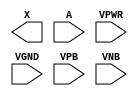
module sky130_fd_sc_hd__clkbuf (
    X   ,
    A   ,
    VPWR,
    VGND,
    VPB ,
    VNB
);

    output X   ;
    input  A   ;
    input  VPWR;
    input  VGND;
    input  VPB ;
    input  VNB ;
endmodule